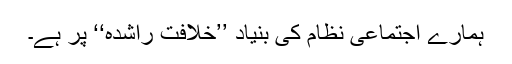
ہمارے اجتماعی نظام کی بنیاد ’’خلافت راشدہ‘‘ پر ہے۔